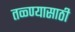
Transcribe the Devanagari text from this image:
तळ्ण्यासाठी